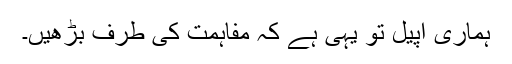
ہماری اپیل تو یہی ہے کہ مفاہمت کی طرف بڑھیں۔